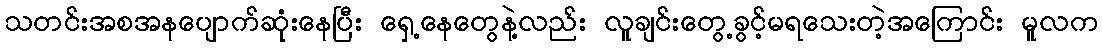
သတင်းအစအနပျောက်ဆုံးနေပြီး ရှေ့နေတွေနဲ့လည်း လူချင်းတွေ့ခွင့်မရသေးတဲ့အကြောင်း မူလက